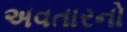
અવતારનો